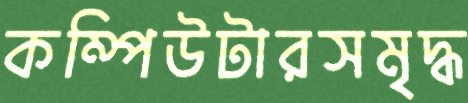
কম্পিউটারসমৃদ্ধ